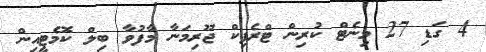
4 ގަޑި 27 މިނެޓް ކުރިން ޓްރެފިކް ޖޫރިމަނާ މާފުވާ ބިލް ކޮމެޓީއިން